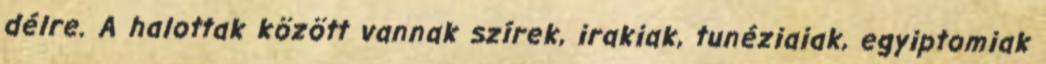
délre. A halottak között vannak szírek, irakiak, tunéziaiak, egyiptomiak